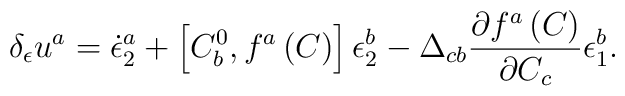
\delta _\epsilon u^a=\dot \epsilon _2^a+\left[ C_b^0,f^a\left(C\right) \right] \epsilon _2^b-\Delta _{cb}\frac{\partial f^a\left( C\right)}{\partial C_c}\epsilon _1^b.